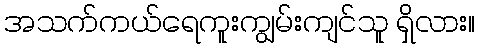
အသက်ကယ်ရေကူးကျွမ်းကျင်သူ ရှိလား။